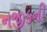
નજીકની